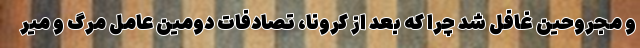
و مجروحین غافل شد چرا که بعد از کرونا، تصادفات دومین عامل مرگ و میر